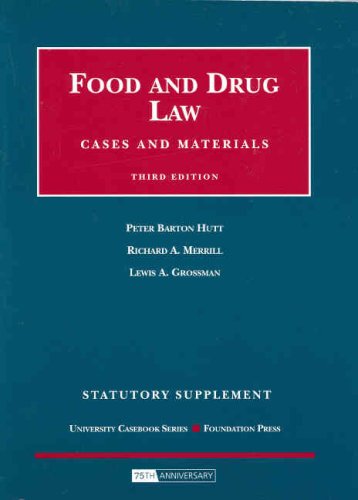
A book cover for Food and Drug Law, Cases and Materials, 3d Edition, Statutory Supplement (University Casebooks); Peter Barton Hutt; Law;